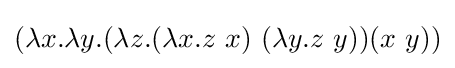
(\lambda x.\lambda y.(\lambda z.(\lambda x.z\ x)\ (\lambda y.z\ y))(x\ y))